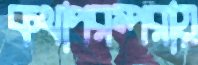
কথাপরম্পরায়